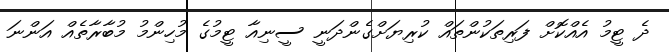
ދެ ޓީމު އެއްކޮށް ފަރިތަކުންތައް ކުރިޔަށްގެންދަނީ ސީނިއާ ޓީމުގެ މުހިންމު މުބާރާތެއް އަންނަ